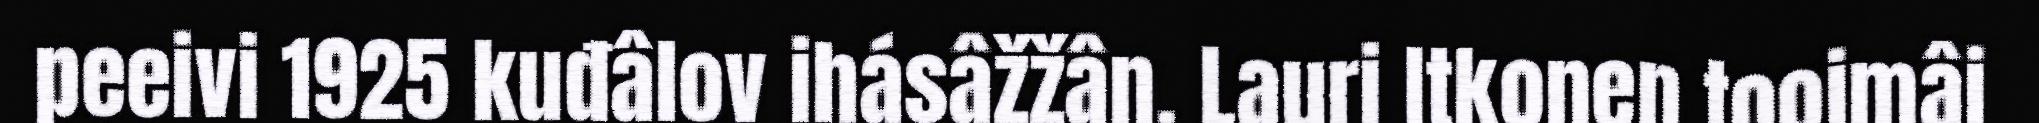
peeivi 1925 kuđâlov ihásâžžân. Lauri Itkonen tooimâi